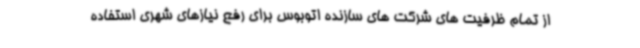
از تمام ظرفیت های شرکت های سازنده اتوبوس برای رفع نیازهای شهری استفاده